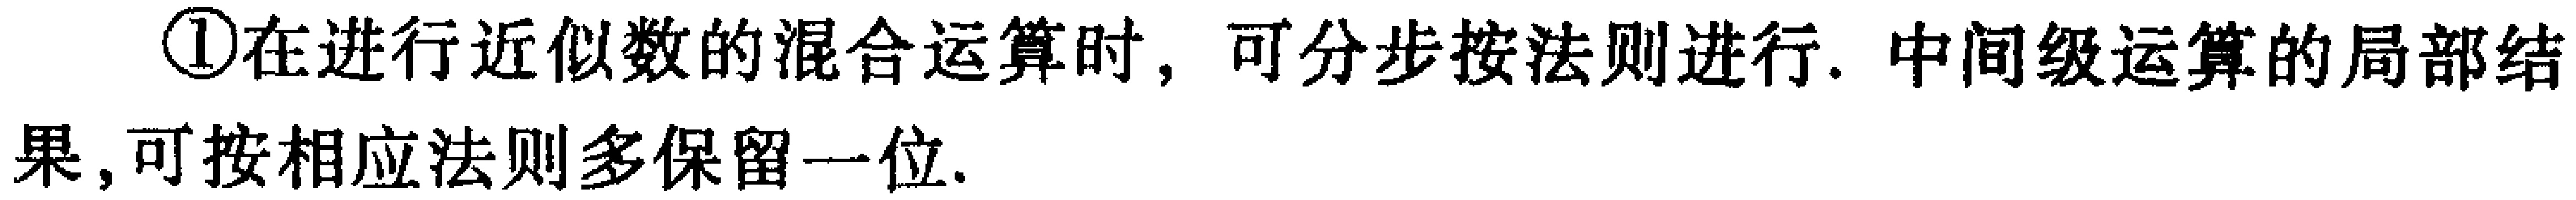
\textcircled{1}在进行近似数的混合运算时，可分步按法则进行. 中间级运算的局部结果,可按相应法则多保留一位.